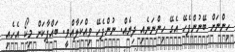
ހިންނަށް ބޭނުންފެހޭ އެގޭ ހިންނަނެއި ދިޔެއް. ނުންފެހޭ ވިއްކަލާއްވީ. ބައްޕާކަށް މިކޯ އެހެއި